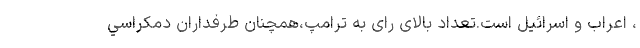
، اعراب و اسرائیل است.تعداد بالای رای به ترامپ،همچنان طرفداران دمكراسي